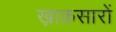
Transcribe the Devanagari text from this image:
ख़ाक़सारों